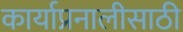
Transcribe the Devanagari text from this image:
कार्याप्रनालीसाठी